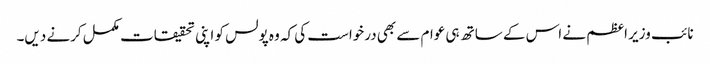
نائب وزیر اعظم نے اس کے ساتھ ہی عوام سے بھی درخواست کی کہ وہ پولس کو اپنی تحقیقات مکمل کرنے دیں۔